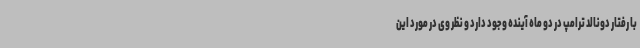
با رفتار دونالد ترامپ در دو ماه آینده وجود دارد و نظر وی در مورد این